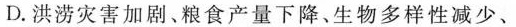
D. 洪涝灾害加剧、粮食产量下降、生物多样性减少、